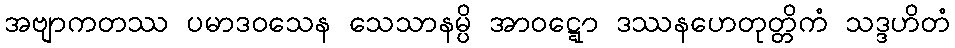
အဗျာကတဿ ပမာဒဝသေန သေသာနမ္ပိ အာဝဋ္ဋော ဒဿနဟေတုတ္တိကံ သဒ္ဒဟိတံ